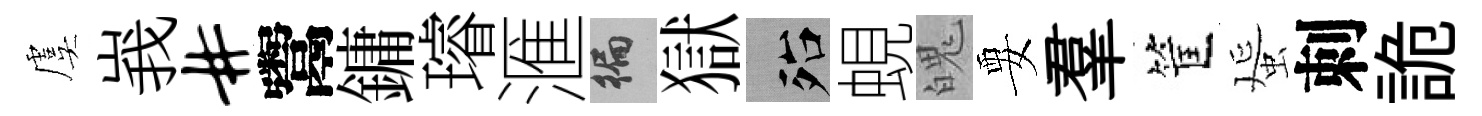
虞峩#鬻鏞璿滙徧獄殆蜆魄要羣筐蜑刺詭